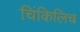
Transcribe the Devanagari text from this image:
चिंकिलिच